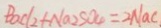
B a C l _ { 2 } + N a _ { 2 } S O _ { 4 } = 2 N a C